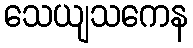
သေယျသကေန